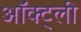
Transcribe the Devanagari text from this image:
ऑक्ट्ली